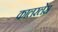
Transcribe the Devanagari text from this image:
कालरलेस